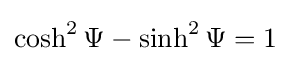
\cosh ^{2}\Psi -\sinh ^{2}\Psi =1